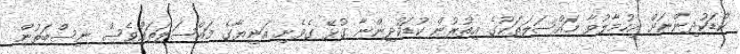
ކުޑަކުދިންނަށް އިހުމާލުވާ މައްސަލަތަކުގެ އިތުރުން ކުޑަކުދިންނާ ގުޅޭ ގެވެށި އަނިޔާގެ މައްސަލަތައްވެސް ނިސްބަތުން